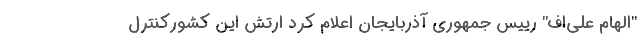
"الهام علی‌اف" رییس جمهوری آذربایجان اعلام کرد ارتش این کشورکنترل